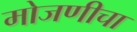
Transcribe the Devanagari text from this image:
मोजणीचा